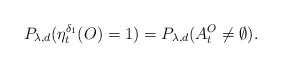
\begin{align*}P_{\lambda,d}(\eta_t^{\delta_1}(O)=1)=P_{\lambda,d}(A_t^O\neq \emptyset).\end{align*}